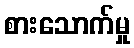
စားသောက်မှု